Madras plague regulations and rules - Volume 2
Disease focus: Plague
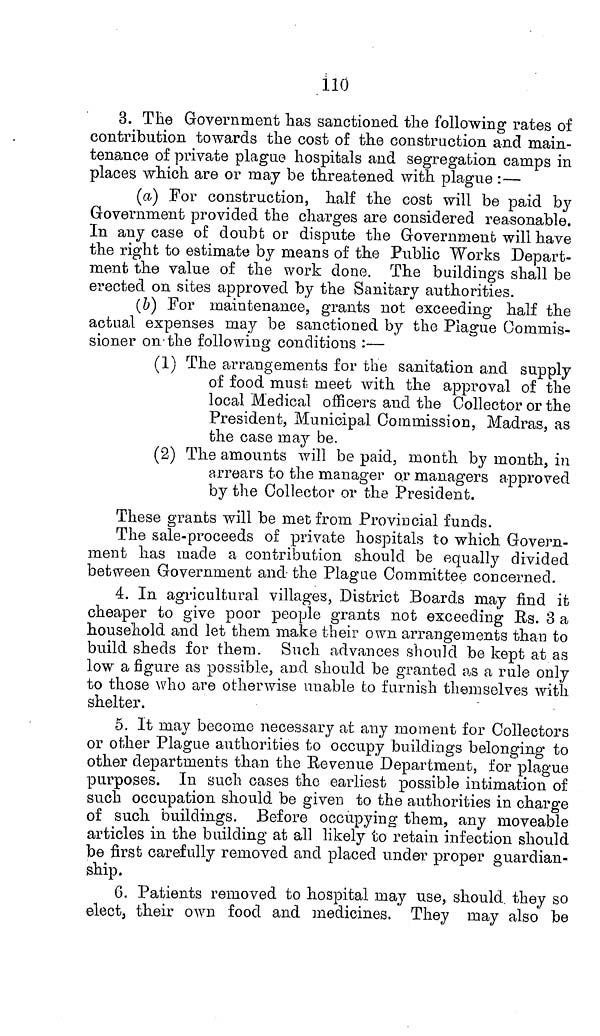
110
3. The Government has sanctioned the following rates of
contribution towards the cost of the construction and main-
tenance of private plague hospitals and segregation camps in
places which are or may be threatened with plague :—
(a) For construction, half the cost will be paid by
Government provided the charges are considered reasonable.
In any case of doubt or dispute the Government will have
the right to estimate by means of the Public Works Depart-
ment the value of the work done. The buildings shall be
erected on sites approved by the Sanitary authorities.
(b) For maintenance, grants not exceeding half the
actual expenses may be sanctioned by the Plague Commis-
sioner on the following conditions :—
(1) The arrangements for the sanitation and supply
of food must meet with the approval of the
local Medical officers and the Collector or the
President, Municipal Commission, Madras, as
the case may be.
(2) The amounts will be paid, month by month, in
arrears to the manager or managers approved
by the Collector or the President.
These grants will be met from Provincial funds.
The sale-proceeds of private hospitals to which Govern-
ment has made a contribution should be equally divided
between Government and the Plague Committee concerned.
4. In agricultural villages, District Boards may find it
cheaper to give poor people grants not exceeding Us. 3 a
household and let them make their own arrangements than to
build sheds for them. Such advances should be kept at as
low a figure as possible, and should be granted as a rule only
to those who are otherwise unable to furnish themselves with
shelter.
5. It may become necessary at any moment for Collectors
or other Plague authorities to occupy buildings belonging to
other departments than the Revenue Department, for plague
purposes. In such cases the earliest possible intimation of
such occupation should be given to the authorities in charge
of such buildings. Before occupying them, any moveable
articles in the building at all likely to retain infection should
be first carefully removed and placed under proper guardian-
ship.
6. Patients removed to hospital may use, should they so
elect, their own food and medicines. They may also be